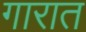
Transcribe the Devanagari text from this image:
गारात